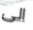
الى